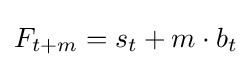
F_{t+m}=s_{t}+m\cdot b_{t}